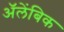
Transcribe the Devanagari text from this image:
अॅलेंबिक